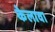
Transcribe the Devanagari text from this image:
केलावा